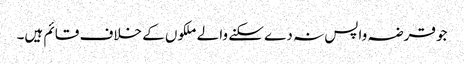
جو قرضہ واپس نہ دے سکنے والے ملکوں کے خلاف قائم ہیں۔